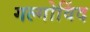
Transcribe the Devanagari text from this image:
गल्गोविंद